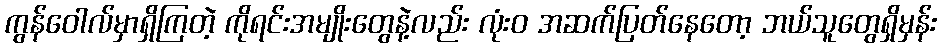
ကွန်ဝေါလ်မှာရှိကြတဲ့ ကိုရင်းအမျိုးတွေနဲ့လည်း လုံးဝ အဆက်ပြတ်နေတော့ ဘယ်သူတွေရှိမှန်း